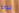
يوم